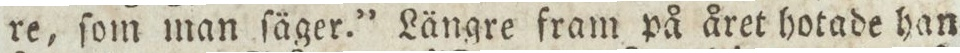
re, ſom man ſäger.” Längre fram på året hotade han